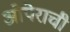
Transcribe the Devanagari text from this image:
ओपेराची